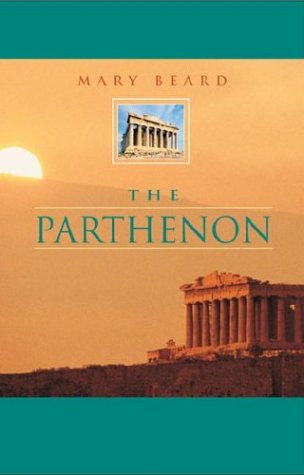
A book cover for The Parthenon (Wonders of the World); Mary Beard; Travel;